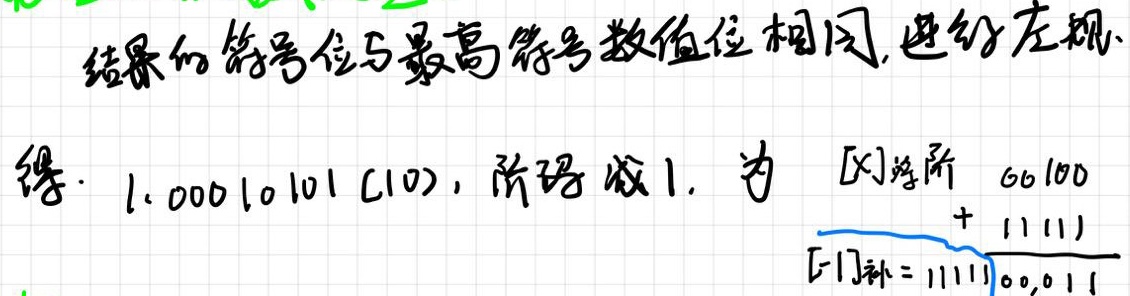
结果的符号位与最高符号数值位相同, 进行左规
得: 1.00010101 (10), 阶码减1. 为 [X]浮阶 00100
+ 11111
[-1]补 = 11111 00,011